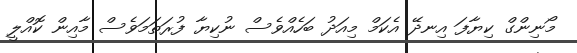
މޯނިންގް ކިޔާފަ އިނދޭ އެކަމް މިއަދު ބަހެއްވެސް ނުކިޔާ ފުރަތަމަވެސް މާއިން ކޮއްލީ